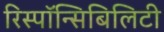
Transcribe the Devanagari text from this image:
रिस्पॉन्सिबिलिटी